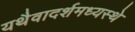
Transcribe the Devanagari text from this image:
यथैवादर्शमध्यस्थे